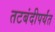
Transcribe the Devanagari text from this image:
तटबंदीपर्यंत